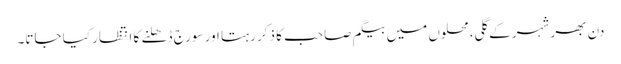
دن بھر شہر کے گلی، محلوں میں بیگم صاحب کا ذکر رہتا اور سورج ڈھلنے کا انتظار کیا جاتا۔